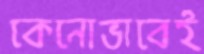
কেনোভাবেই